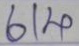
614